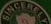
SINCERELY